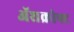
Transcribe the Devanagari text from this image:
ॲशक्रोफ्ट